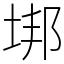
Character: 垹